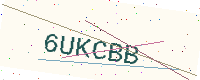
Text: 6UKCBB